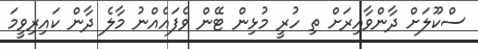
ސްކޫލަށް ދާންވާއިރަށް ތި ހުރީ މުޅިން ޓޭން ވެފައެއްނު މާލެ ދާން ކައިރިވީމަ